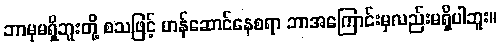
ဘာမှမရှိဘူးတို့ စသဖြင့် ဟန်ဆောင်နေစရာ ဘာအကြောင်းမှလည်းမရှိပါဘူး။